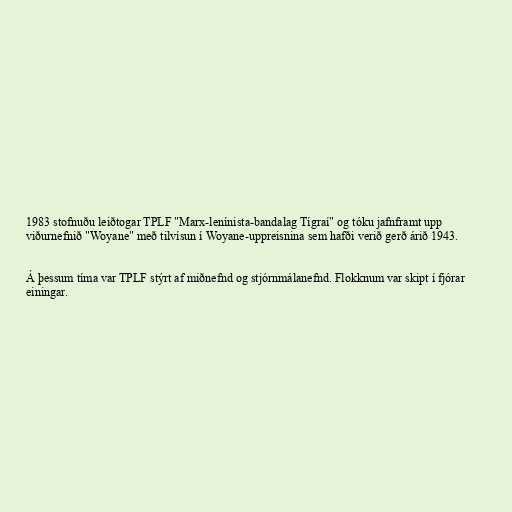
1983 stofnuðu leiðtogar TPLF "Marx-lenínista-bandalag Tígraí" og tóku jafnframt upp
viðurnefnið "Woyane" með tilvísun í Woyane-uppreisnina sem hafði verið gerð árið 1943.

Á þessum tíma var TPLF stýrt af miðnefnd og stjórnmálanefnd. Flokknum var skipt í fjórar
einingar.